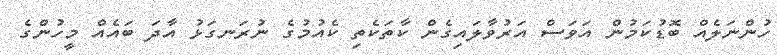
ހުންނަލެއް ބޮޑުކަމުން އަވަސް އަރުވާލައިގެން ކާތަކެތި ކެއުމުގެ ނުރަނގަޅު އާދަ ބައެއް މީހުންގެ